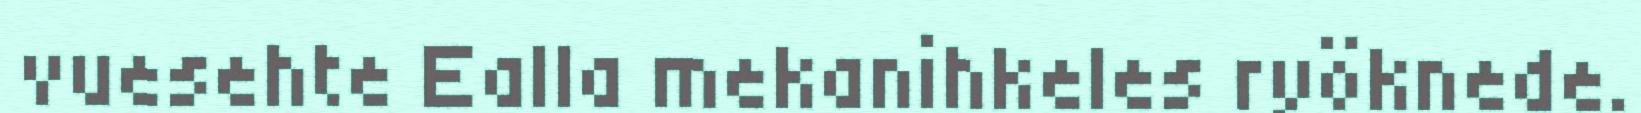
vuesehte Ealla mekanihkeles ryöknede.